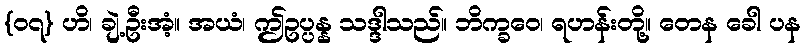
{၀၇} ဟိ၊ ချဲ့ဦးအံ့။ အယံ၊ ဤဥပ္ပန္န သဒ္ဒါသည်။ ဘိက္ခဝေ၊ ရဟန်းတို့။ တေန ခေါ ပန